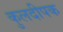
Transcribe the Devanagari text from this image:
कुलदीपक